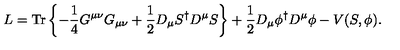
L = \mathrm { T r } \left\{ - \frac { 1 } { 4 } G ^ { \mu \nu } G _ { \mu \nu } + \frac { 1 } { 2 } D _ { \mu } S ^ { \dagger } D ^ { \mu } S \right\} + \frac { 1 } { 2 } D _ { \mu } \phi ^ { \dagger } D ^ { \mu } \phi - V ( S , \phi ) .